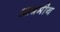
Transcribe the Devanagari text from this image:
आश्रमीय